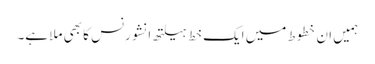
ہمیں ان خطوط میں ایک خط ہیلتھ انشورنس کا بھی ملا ہے۔